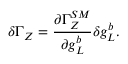
\delta \Gamma _ { Z } = { \frac { \partial \Gamma _ { Z } ^ { S M } } { \partial g _ { L } ^ { b } } } \delta g _ { L } ^ { b } .